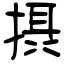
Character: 摂